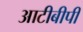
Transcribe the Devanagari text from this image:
आटीबीपी